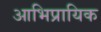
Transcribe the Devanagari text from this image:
आभिप्रायिक